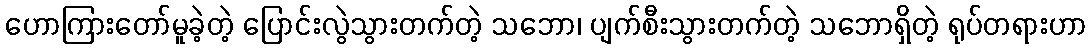
ဟောကြားတော်မူခဲ့တဲ့ ပြောင်းလွဲသွားတက်တဲ့ သဘော၊ ပျက်စီးသွားတက်တဲ့ သဘောရှိတဲ့ ရုပ်တရားဟာ